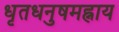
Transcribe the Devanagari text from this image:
धृतधनुषमह्नाय